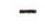
-